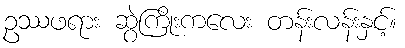
ဥဿဖရား ဆွဲကြိုးကလေး တန်းလန်းနှင့်။